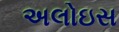
અલોઇસ